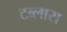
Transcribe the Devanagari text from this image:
टब्लास